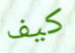
كيف